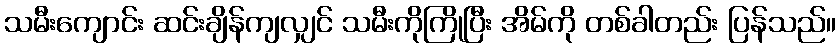
သမီးကျောင်း ဆင်းချိန်ကျလျှင် သမီးကိုကြိုပြီး အိမ်ကို တစ်ခါတည်း ပြန်သည်။